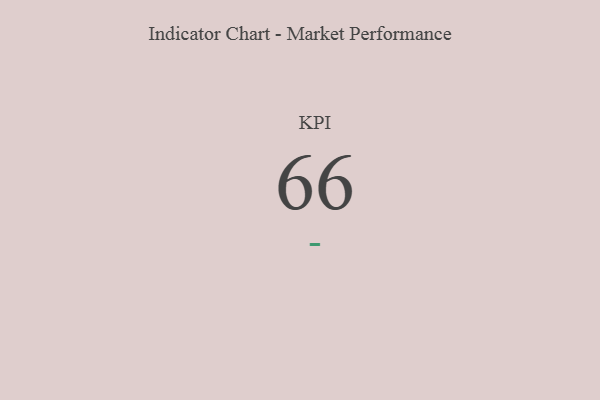
{"axis": {"x": "KPI", "y": "Value"}, "legend": [""], "data": [{"x": "KPI", "y": 66, "type": ""}]}